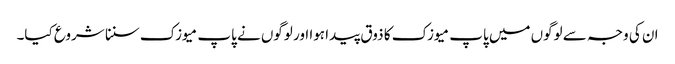
ان کی وجہ سے لوگوں میں پاپ میوزک کا ذوق پیدا ہوا اور لوگوں نے پاپ میوزک سننا شروع کیا۔